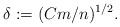
LaTeX: \begin{align*} \delta := (Cm/n)^{1/2}.\end{align*}